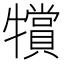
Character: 𱭲